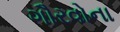
ગૌરવોના